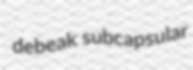
debeak subcapsular